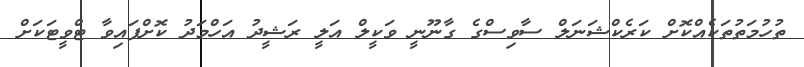
ތުހުމަތުތަކެއްކޮށް ކަރެކްޝަނަލް ސާވިސްގެ ގާނޫނީ ވަކީލް އަލީ ރަޝީދު އަހްމަދު ކޮށްފައިވާ ޓްވީޓަކަށް